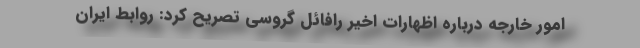
امور خارجه درباره اظهارات اخیر رافائل گروسی تصریح کرد: روابط ایران